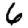
Digit: 6